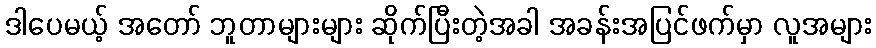
ဒါပေမယ့် အတော် ဘူတာများများ ဆိုက်ပြီးတဲ့အခါ အခန်းအပြင်ဖက်မှာ လူအများ